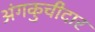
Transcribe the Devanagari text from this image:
अंगकुचीदार